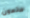
ضائعون